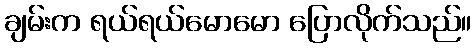
ချမ်းက ရယ်ရယ်မောမော ပြောလိုက်သည်။